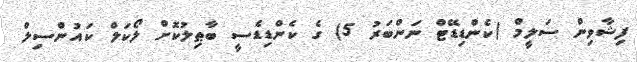
ފިޝާވިން ސަލީމް (ކެންޑިޑޭޓް ނަންބަރު 5) ގެ ކެންޑިޑެސީ ބާޠިލުކޮށް ލޯކަލް ކައުންސިލް